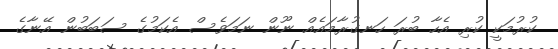
ކުރުމަކީ ކުރި އެހާ ބުރަ ހަނގުރާމައެއް ނޫން ނަމަވެސް އެކަމުގެ ސަބަބުން އޭނާގެ